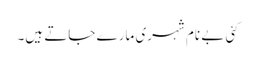
کئی بے نام شہری مارے جاتے ہیں۔